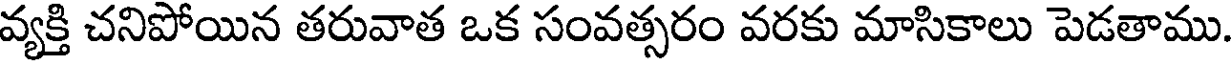
వ్యక్తి చనిపోయిన తరువాత ఒక సంవత్సరం వరకు మాసికాలు పెడతాము.